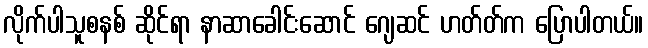
လိုက်ပါသူစနစ် ဆိုင်ရာ နာဆာခေါင်းဆောင် ဂျေဆင် ဟတ်တ်က ပြောပါတယ်။